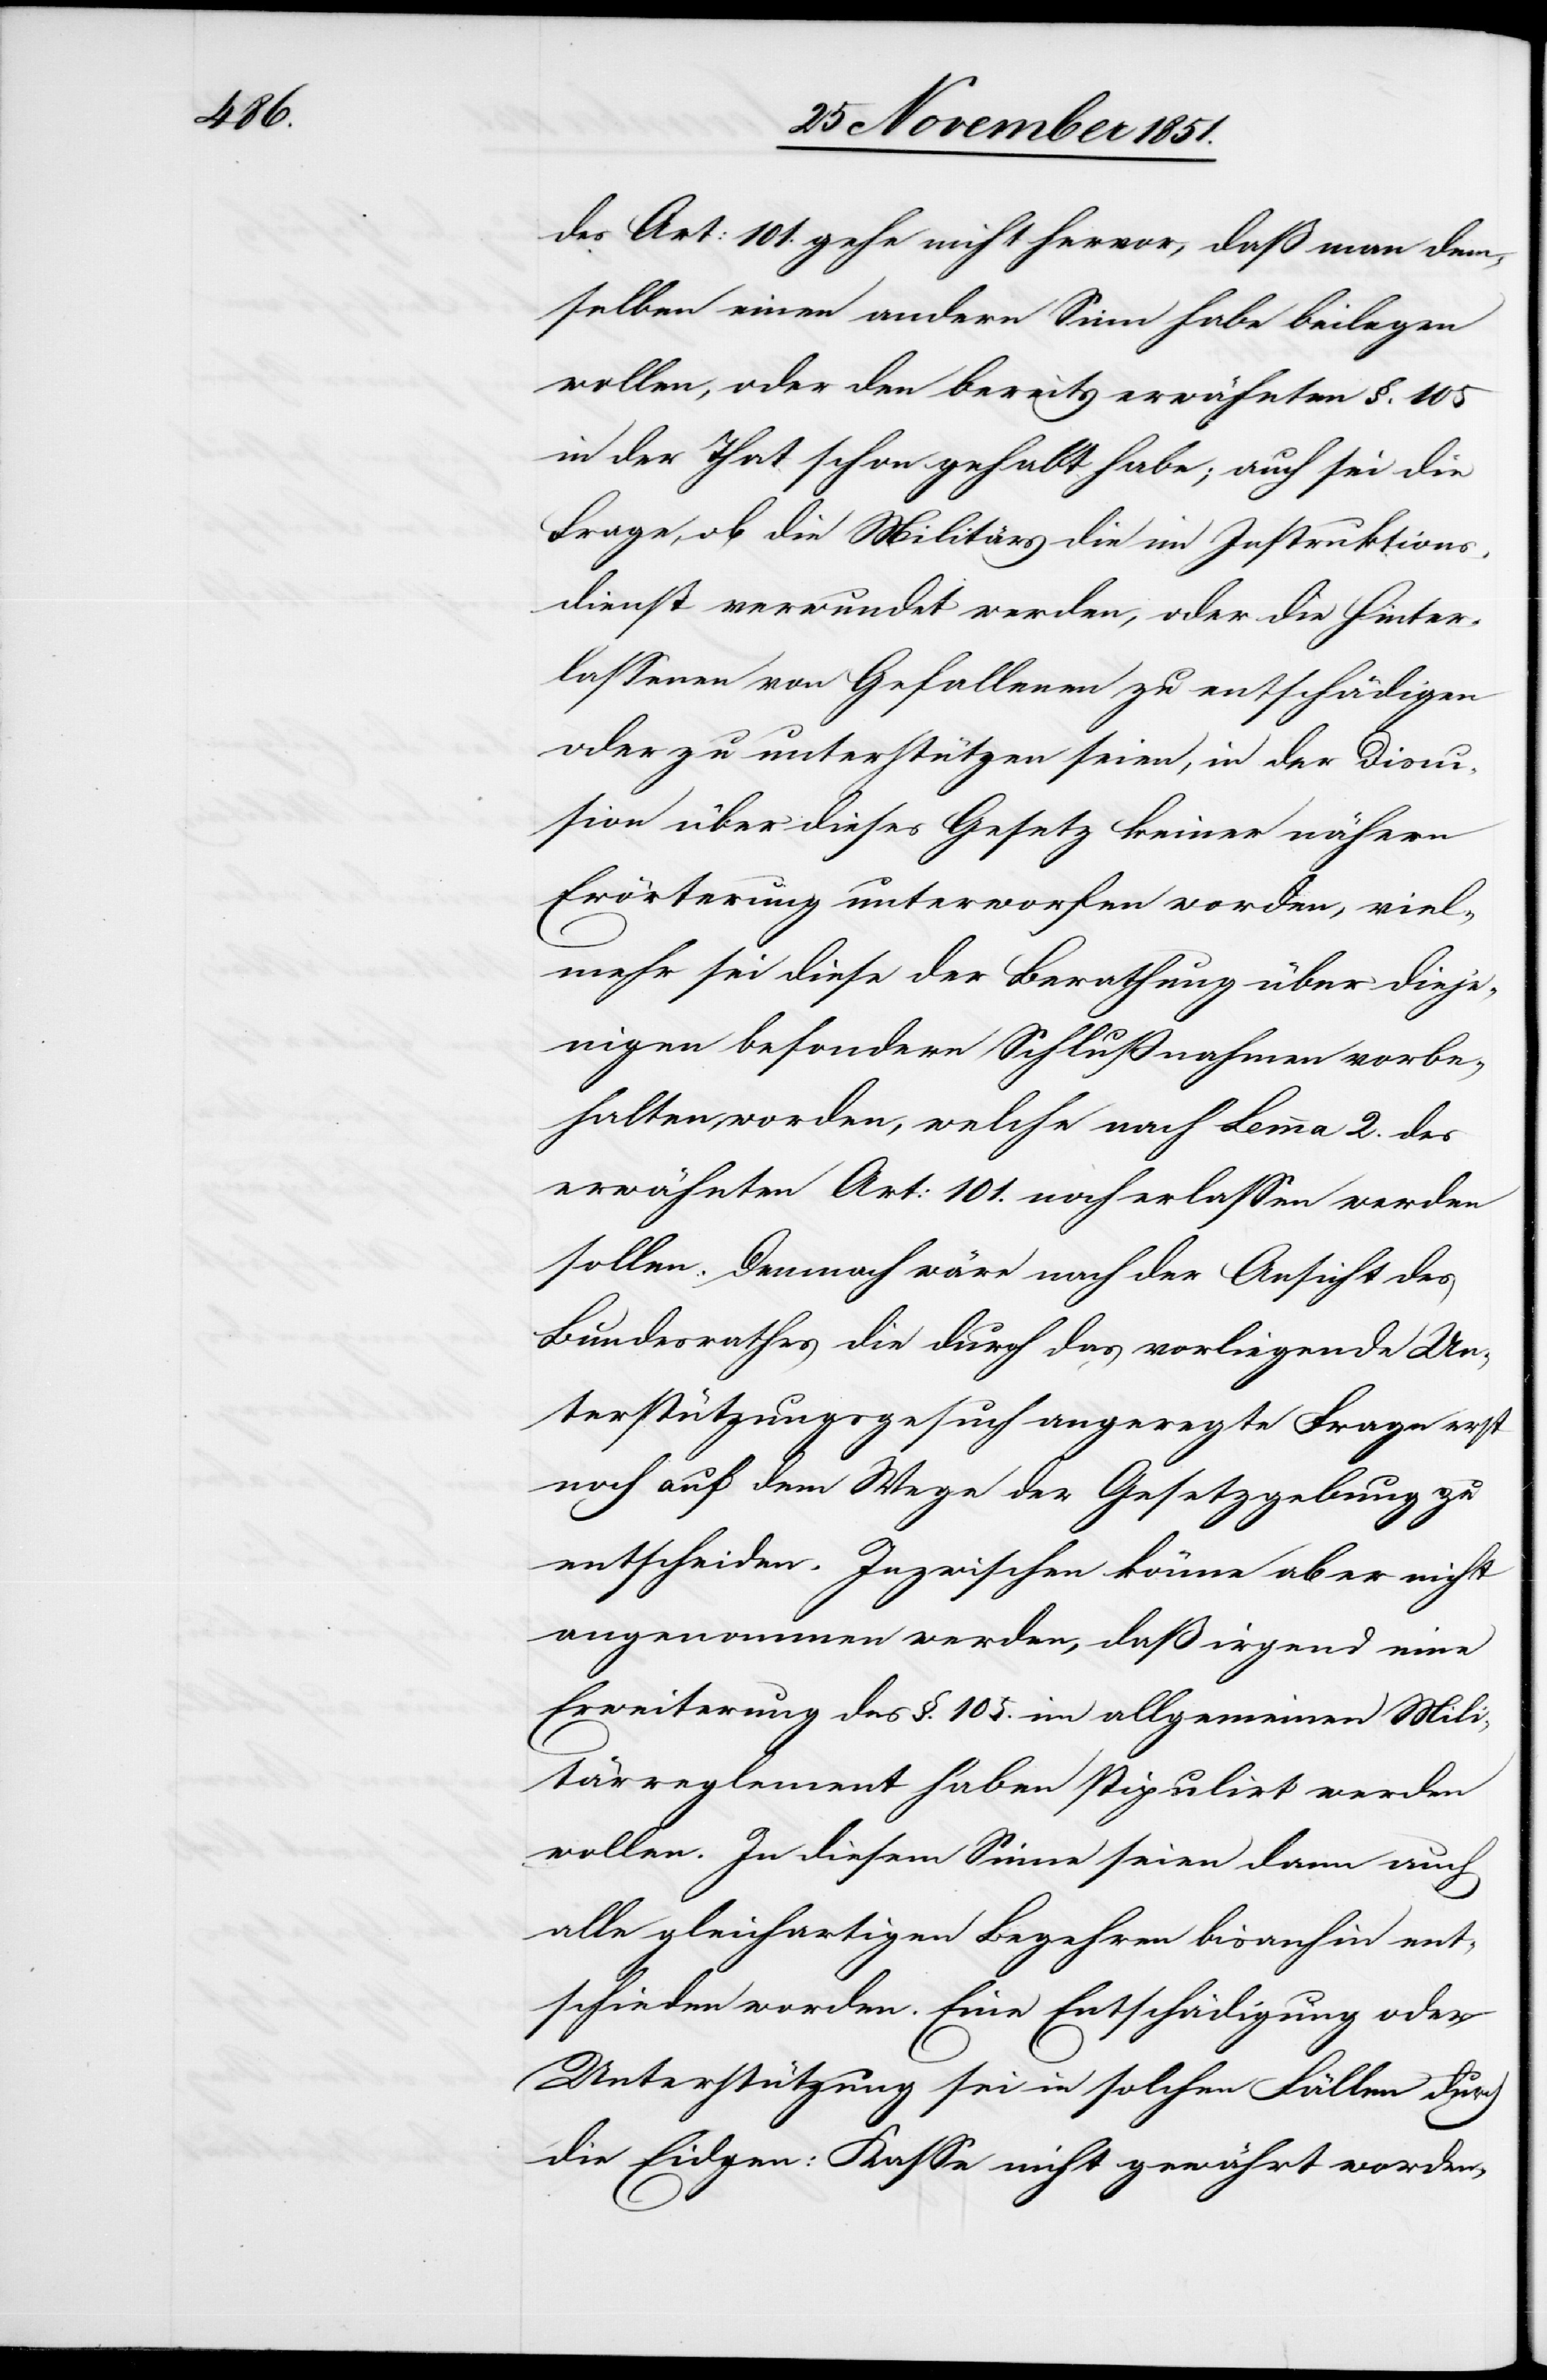
des Art: 101. gehe nicht hervor, daß man dem¬
selben einen andern Sinn habe beilegen
wollen, oder den bereits erwähnten §. 105
in der That schon gehabt habe; auch sei die
Frage, ob die Militärs die im Instruktions¬
dienst verwundet werden, oder die Hinter¬
lassenen von Gefallenen zu entschädigen
oder zu unterstützen seien, in der Discu¬
s[s]ion über dieses Gesetz keiner nähern
Erörterung unterworfen worden, viel¬
mehr sei diese der Berathung über dieje¬
nigen besondern Schlußnahmen vorbe¬
halten worden, welche nach Lemma 2. des
erwähnten Art: 101. noch erlassen werden
sollen. Demnach wäre nach der Ansicht des
Bundesrathes die durch das vorliegende Un¬
terstützungsgesuch angeregte Frage erst
noch auf dem Wege der Gesetzgebung zu
entscheiden. Inzwischen könne aber nicht
angenommen werden, daß irgend eine
Erweiterung des §. 105. im allgemeinen Mili¬
tärreglement haben [sic!] stipulirt werden
wollen. In diesem Sinne seien dann auch
alle gleichartigen Begehren bisanhin ent¬
schieden worden. Eine Entschädigung oder
Unterstützung sei in solchen Fällen durch
die Eidgen: Kasse nicht gewährt worden,